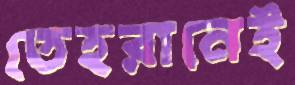
তেহরানেই